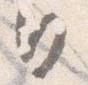
日